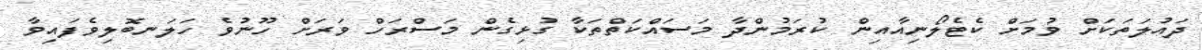
ދައުލަތަކަށް ވުމަށް ކެޓެލޯނިއާއިން ކުރަމުންދާ މަސައްކަތްތަކާ ގުޅިގެން މަސްރަހް ވަރަށް ހޫނުވެ ހަލަނބޮލިވެފައިވާ